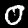
Label: 0